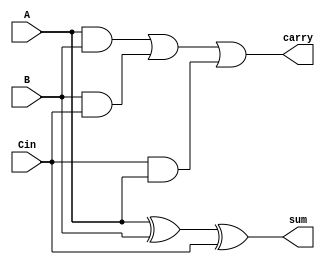
`timescale 1ns / 1ps
//////////////////////////////////////////////////////////////////////////////////
// Company: 
// Engineer: 
// 
// Design Name: 
// Module Name:    fulladderS 
// Project Name: 
// Target Devices: 
// Tool versions: 
// Description: 
//
// Dependencies: 
//
// Revision: 
// Revision 0.01 - File Created
// Additional Comments: 
//
//////////////////////////////////////////////////////////////////////////////////
module fulladderS(sum,carry,A,B,Cin
    );
input A,B,Cin;
output sum,carry;
wire t1,t2,t3,t4;
xor g1(t1,A,B);
xor g2(sum,t1,Cin);
and g3(t2,A,B);
and g4(t3,B,Cin);
and g5(t4,Cin,A);
or g6(carry,t2,t3,t4);

endmodule